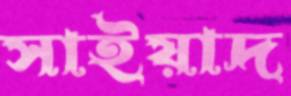
সাইয়াদ